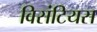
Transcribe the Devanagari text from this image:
विसंटियस